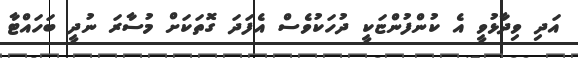
އަދި ވިދާޅުވީ އެ ކުންފުންޏަކީ ދުހަކުވެސް އެފަދަ ގޮތަކަށް މުސާރަ ނުދީ ބަހައްޓާ